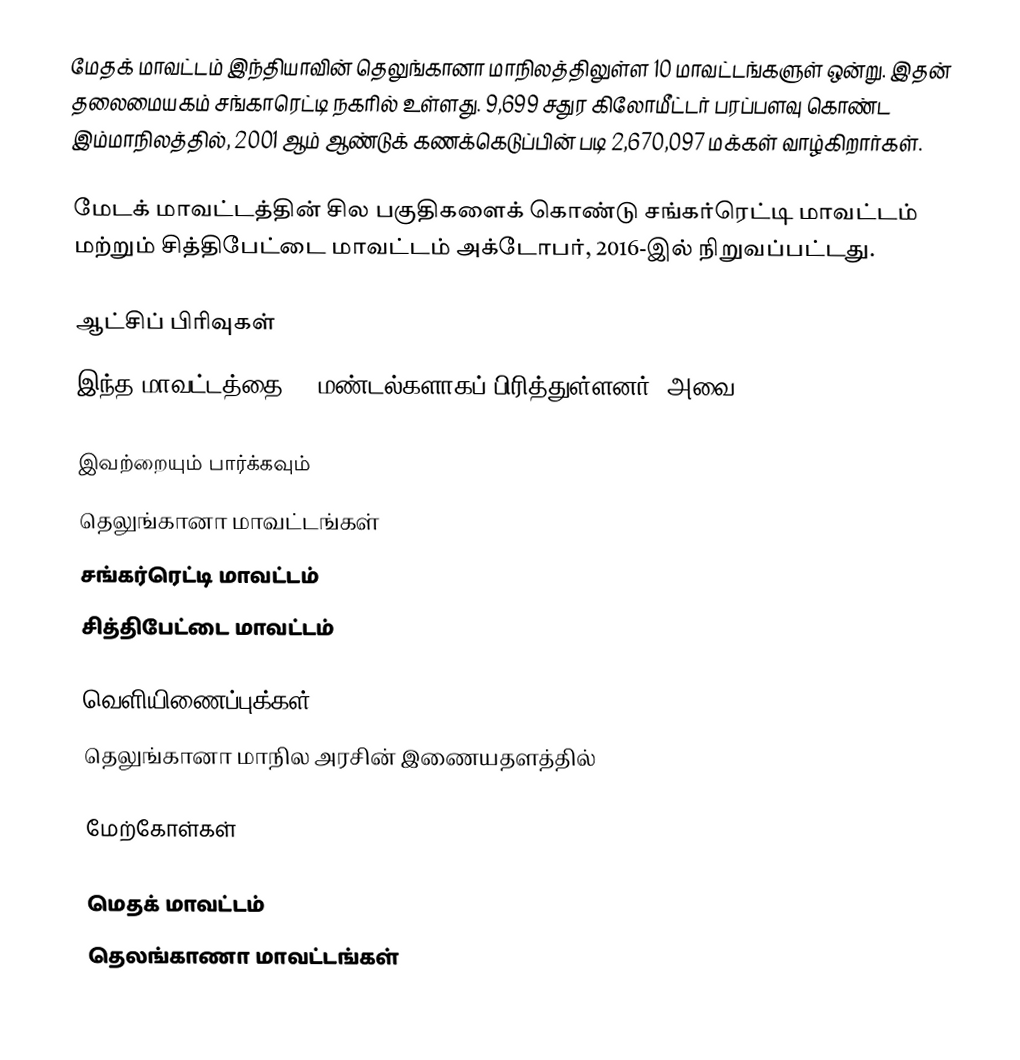
மேதக் மாவட்டம் இந்தியாவின் தெலுங்கானா மாநிலத்திலுள்ள 10 மாவட்டங்களுள் ஒன்று. இதன் தலைமையகம் சங்காரெட்டி நகரில் உள்ளது. 9,699 சதுர கிலோமீட்டர் பரப்பளவு கொண்ட இம்மாநிலத்தில், 2001 ஆம் ஆண்டுக் கணக்கெடுப்பின் படி 2,670,097 மக்கள் வாழ்கிறார்கள்.

மேடக் மாவட்டத்தின் சில பகுதிகளைக் கொண்டு சங்கர்ரெட்டி மாவட்டம் மற்றும் சித்திபேட்டை மாவட்டம் அக்டோபர், 2016-இல் நிறுவப்பட்டது.

ஆட்சிப் பிரிவுகள்
இந்த மாவட்டத்தை 46 மண்டல்களாகப் பிரித்துள்ளனர். அவை:

இவற்றையும் பார்க்கவும்
 தெலுங்கானா மாவட்டங்கள்
 சங்கர்ரெட்டி மாவட்டம்
 சித்திபேட்டை மாவட்டம்

வெளியிணைப்புக்கள்
 தெலுங்கானா மாநில அரசின் இணையதளத்தில்

மேற்கோள்கள்

மெதக் மாவட்டம்
தெலங்காணா மாவட்டங்கள்